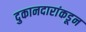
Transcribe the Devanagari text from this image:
दुकानदारांकडून